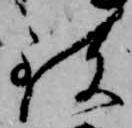
致